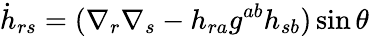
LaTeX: {\dot{h}}_{rs}=(\nabla_{r}\nabla_{s}-h_{ra}g^{ab}h_{sb})\sin\theta